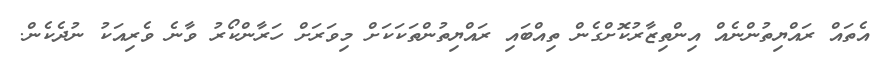
އެތައް ރައްޔިތުންނެއް އިންތިޒާރުކޮށްގެން ތިއްބައި ރައްޔިތުންތަކަކަށް މިވަރަށް ހަރާންކޯރު ވާނެ ވެރިއަކު ނުދެކެން.